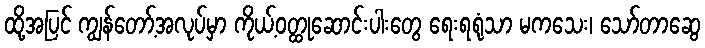
ထို့အပြင် ကျွန်တော့်အလုပ်မှာ ကိုယ့်ဝတ္ထုဆောင်းပါးတွေ ရေးရရုံသာ မကသေး၊ သော်တာဆွေ